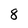
Character: 8